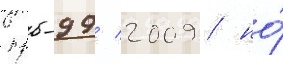
нрб-99/ 2009 / но́